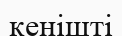
кенішті